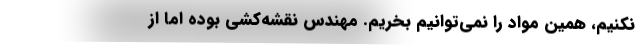
نكنيم، همين مواد را نمي‌توانيم بخريم. مهندس نقشه‌كشي بوده اما از